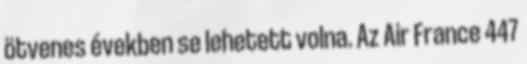
ötvenes években se lehetett volna. Az Air France 447